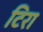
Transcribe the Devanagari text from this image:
टिरा